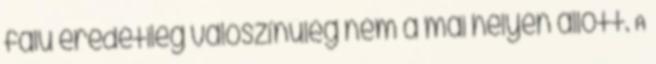
falu eredetileg valószínűleg nem a mai helyén állott. A